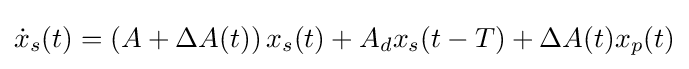
{\dot {x}}_{s}(t)=\left(A+\Delta A(t)\right)x_{s}(t)+A_{d}x_{s}(t-T)+\Delta A(t)x_{p}(t)